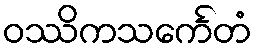
ဝဿိကသင်္ကေတံ